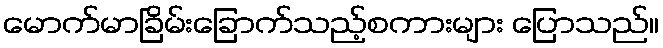
မောက်မာခြိမ်းခြောက်သည့်စကားများ ပြောသည်။